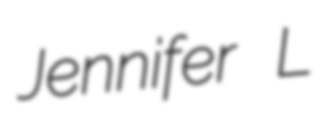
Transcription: Jennifer L